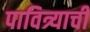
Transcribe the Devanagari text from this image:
पावित्र्याची